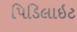
પિડિલાઇટ